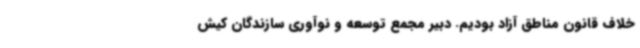
خلاف قانون مناطق آزاد بودیم. دبیر مجمع توسعه و نوآوری سازندگان کیش